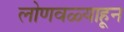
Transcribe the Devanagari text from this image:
लोणवळ्याहून